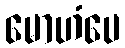
မောဟံပေ